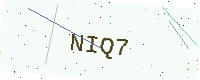
Text: NIQ7